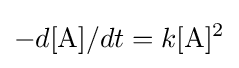
-{d[{\ce {A}}]}/{dt}=k[{\ce {A}}]^{2}